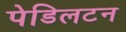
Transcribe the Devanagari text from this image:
पेडिलटन